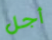
أجل